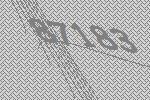
87183